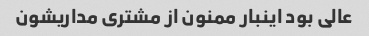
عالی بود اینبار ممنون از مشتری مداریشون